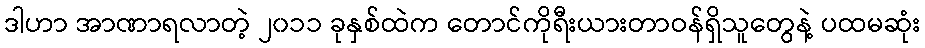
ဒါဟာ အာဏာရလာတဲ့ ၂၀၁၁ ခုနှစ်ထဲက တောင်ကိုရီးယားတာဝန်ရှိသူတွေနဲ့ ပထမဆုံး